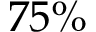
7 5 \%